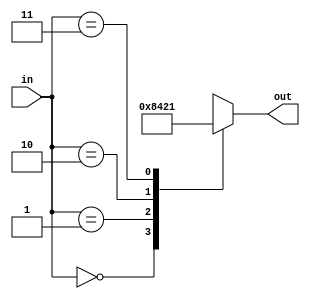
`timescale 1us / 1ns
//////////////////////////////////////////////////////////////////////////////////
// Diploma: By Eng. Ali Mohamed Eltemsah
// Design Name: DigIC_Dip08_09_V_W4
// Module Name: Decoder
// Project Name: Assignment 4.1
//////////////////////////////////////////////////////////////////////////////////



module Decoder (
        input wire [1 : 0] in,
        output reg [0 : 3] out
    );
    always @(*)
        begin
            out = 0;
            case(in)
                2'b00: out = 4'b1000;
                2'b01: out = 4'b0100;
                2'b10: out = 4'b0010;
                2'b11: out = 4'b0001;
            endcase
        end
endmodule